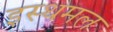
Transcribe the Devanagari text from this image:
इस्थमल